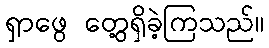
ရှာဖွေ တွေ့ရှိခဲ့ကြသည်။